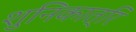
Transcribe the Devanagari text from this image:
शुनिकात्रि